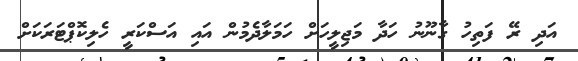
އަދި ރޭ ފަތިހު ގާނޫނު ހަދާ މަޖިލީހަށް ހަމަލާދެމުން އައި އަސްކަރީ ހެލިކޮޕްޓަރަކަށް